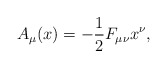
\begin{align*}A_\mu(x)=-{1 \over 2 } F_{\mu\nu} x^\nu ,\end{align*}